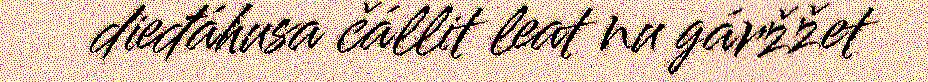
dieđáhusa čállit leat nu gáržžet